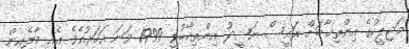
މަޖިލީހުގެ އިންތިޚާބަށް ރައީސް ނަޝީދު އިންތިޚާބުވީ 1999 ވަނަ އަހަރުއެވެ. އެއީ މާލެއިން